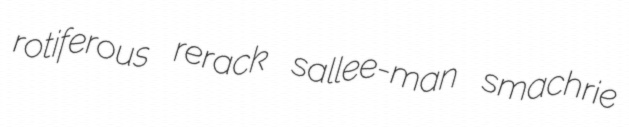
rotiferous rerack sallee-man smachrie